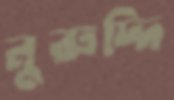
নুরুদ্দি